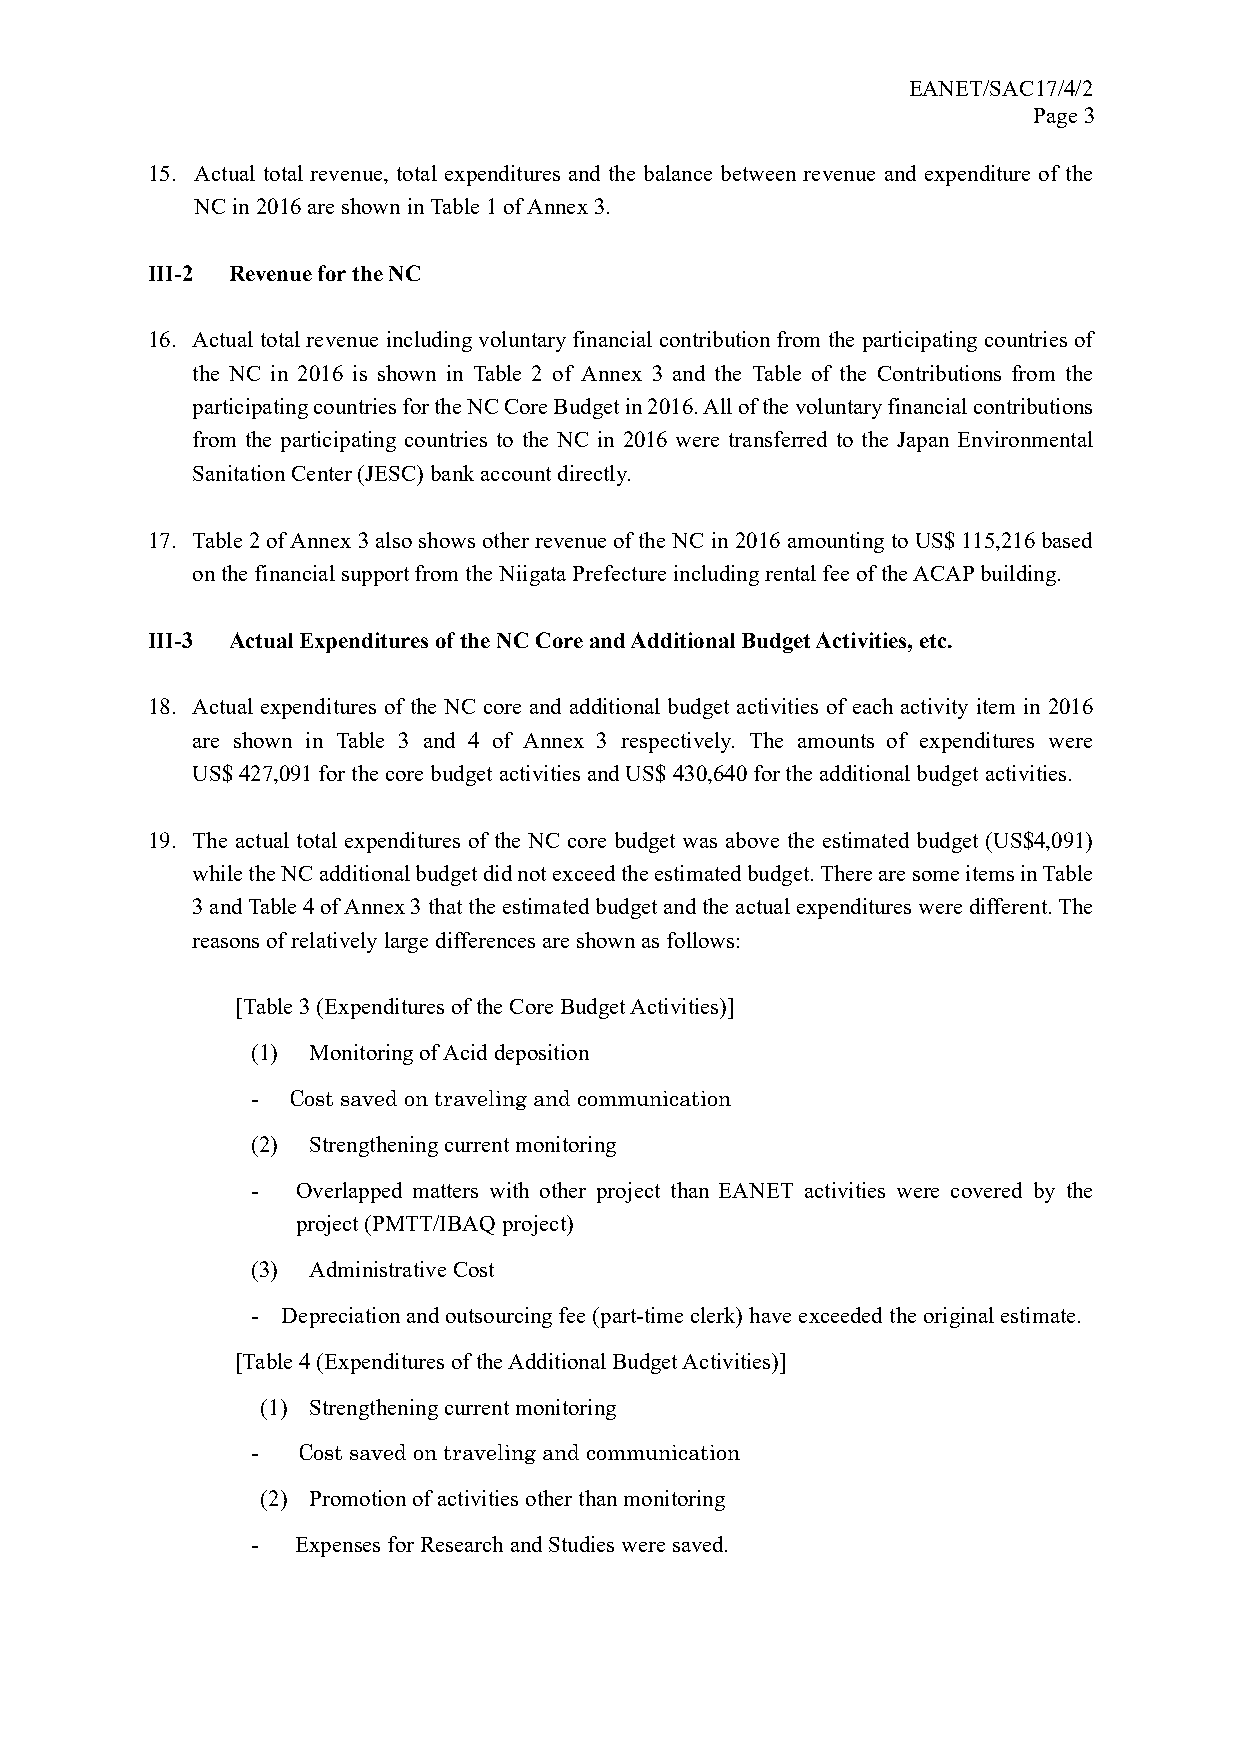
EANET/SAC17/4/2
 Page 3
 15. Actual total revenue, total expenditures and the balance between revenue and expenditure of the
 NC in 2016 are shown in Table 1 of Annex 3.
 III-2 Revenue for the NC
 16. Actual total revenue including voluntary financial contribution from the participating countries of
 the NC in 2016 is shown in Table 2 of Annex 3 and the Table of the Contributions from the
 participating countries for the NC Core Budget in 2016. All of the voluntary financial contributions
 from the participating countries to the NC in 2016 were transferred to the Japan Environmental
 Sanitation Center (JESC) bank account directly.
 17. Table 2 of Annex 3 also shows other revenue of the NC in 2016 amounting to US$ 115,216 based
 on the financial support from the Niigata Prefecture including rental fee of the ACAP building.
 III-3 Actual Expenditures of the NC Core and Additional Budget Activities, etc.
 18. Actual expenditures of the NC core and additional budget activities of each activity item in 2016
 are shown in Table 3 and 4 of Annex 3 respectively. The amounts of expenditures were
 US$ 427,091 for the core budget activities and US$ 430,640 for the additional budget activities.
 19. The actual total expenditures of the NC core budget was above the estimated budget (US$4,091)
 while the NC additional budget did not exceed the estimated budget. There are some items in Table
 3 and Table 4 of Annex 3 that the estimated budget and the actual expenditures were different. The
 reasons of relatively large differences are shown as follows:
 [Table 3 (Expenditures of the Core Budget Activities)]
 (1) Monitoring of Acid deposition
 - Cost saved on traveling and communication
 (2) Strengthening current monitoring
 -  Overlapped matters with other project than EANET activities were covered by the
 project (PMTT/IBAQ project)
 (3) Administrative Cost
 - Depreciation and outsourcing fee (part-time clerk) have exceeded the original estimate.
 [Table 4 (Expenditures of the Additional Budget Activities)]
 (1) Strengthening current monitoring
 -  Cost saved on traveling and communication
 (2) Promotion of activities other than monitoring
 -  Expenses for Research and Studies were saved.